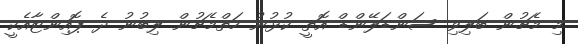
މި މެޗުން ބަލިވި ސަންޑަލޭންޑް އޮތީ ކުޅުނު ހަތްމެޗުން ލިބުނު ދެ ޕޮއިންޓާއެކީ